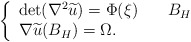
\begin{align*}\left\{\begin{array}{ll} \det(\nabla^2\widetilde u) = \Phi (\xi) \quad& B_H\\\nabla \widetilde u(B_H)=\Omega.\end{array}\right.\end{align*}